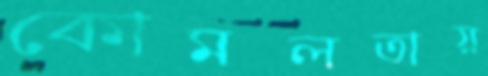
কোমলতায়